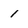
Character: 1